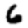
Digit: 6